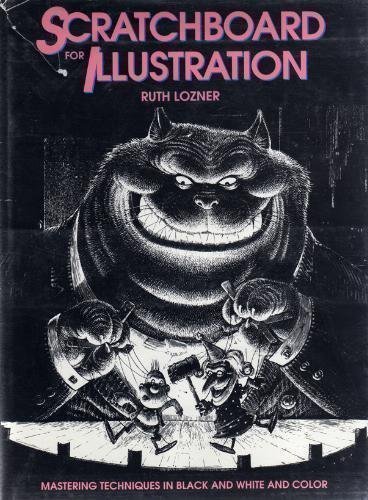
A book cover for Scratchboard for Illustration; Ruth Lozner; Arts & Photography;